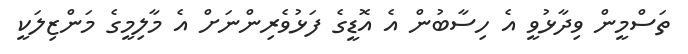
ތަސްމީން ވިދާޅުވީ އެ ހިސާބުން އެ އޮޑީގެ ފަޅުވެރިންނަށް އެ މާލިމީގެ މަންޒިލަކީ